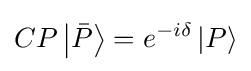
CP\left|{\bar {P}}\right\rangle =e^{-i\delta }\left|P\right\rangle